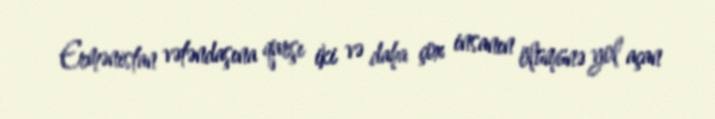
Ermənistan vətəndaşına qarşı iki və daha çox insanın ölümünə yol açan